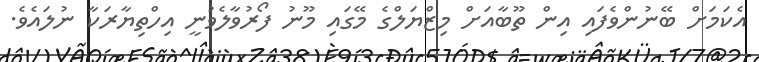
އެކަމަށް ބޭނުންވެފައި އިން ތޫބާއަށް މިޒްޔަލްގެ މޭގައި މޫނު ފޯރުވާލެވުނީ އިހްތިޔާރަކާ ނުލައެވެ.